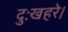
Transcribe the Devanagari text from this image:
दुःखहरे।